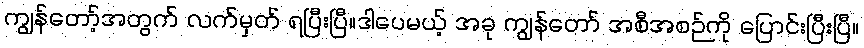
ကျွန်တော့်အတွက် လက်မှတ် ရပြီးပြီ။ဒါပေမယ့် အခု ကျွန်တော် အစီအစဉ်ကို ပြောင်းပြီးပြီ။